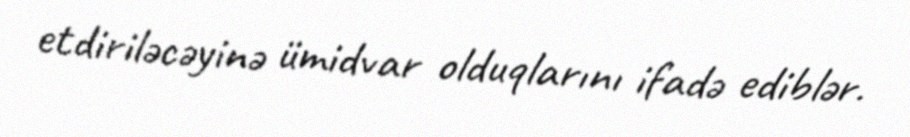
etdiriləcəyinə ümidvar olduqlarını ifadə ediblər.